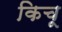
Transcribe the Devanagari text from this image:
किचू